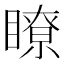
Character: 瞭